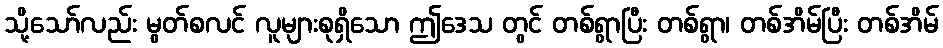
သို့သော်လည်း မွတ်စလင် လူများစုရှိသော ဤဒေသ တွင် တစ်ရွာပြီး တစ်ရွာ၊ တစ်အိမ်ပြီး တစ်အိမ်